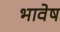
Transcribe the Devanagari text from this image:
भावेष